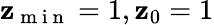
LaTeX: \mathbf{z}_{\mathrm{{~m~i~n~}}}=1,\mathbf{z}_{0}=1